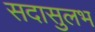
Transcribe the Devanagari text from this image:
सदासुलभ